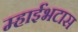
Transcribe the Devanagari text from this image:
म्हाईंभटास